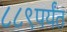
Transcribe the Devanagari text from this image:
८८९पर्यंत